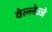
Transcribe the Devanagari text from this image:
वेल्लेज्जे